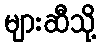
များဆီသို့